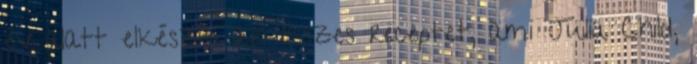
év alatt elkészíti az összes receptet, ami Julia Child,